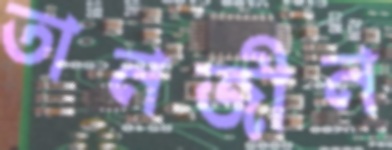
তানজীন